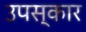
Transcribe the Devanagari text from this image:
उपस्‍कार